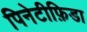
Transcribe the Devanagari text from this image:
पिनेटीफ़िडा